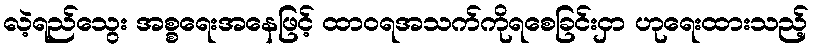
လဲ့ရည်သွေး အစ္စရေးအနေဖြင့် ထာဝရအသက်ကိုရစေခြင်းငှာ ဟုရေးထားသည့်